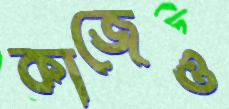
কাজেও